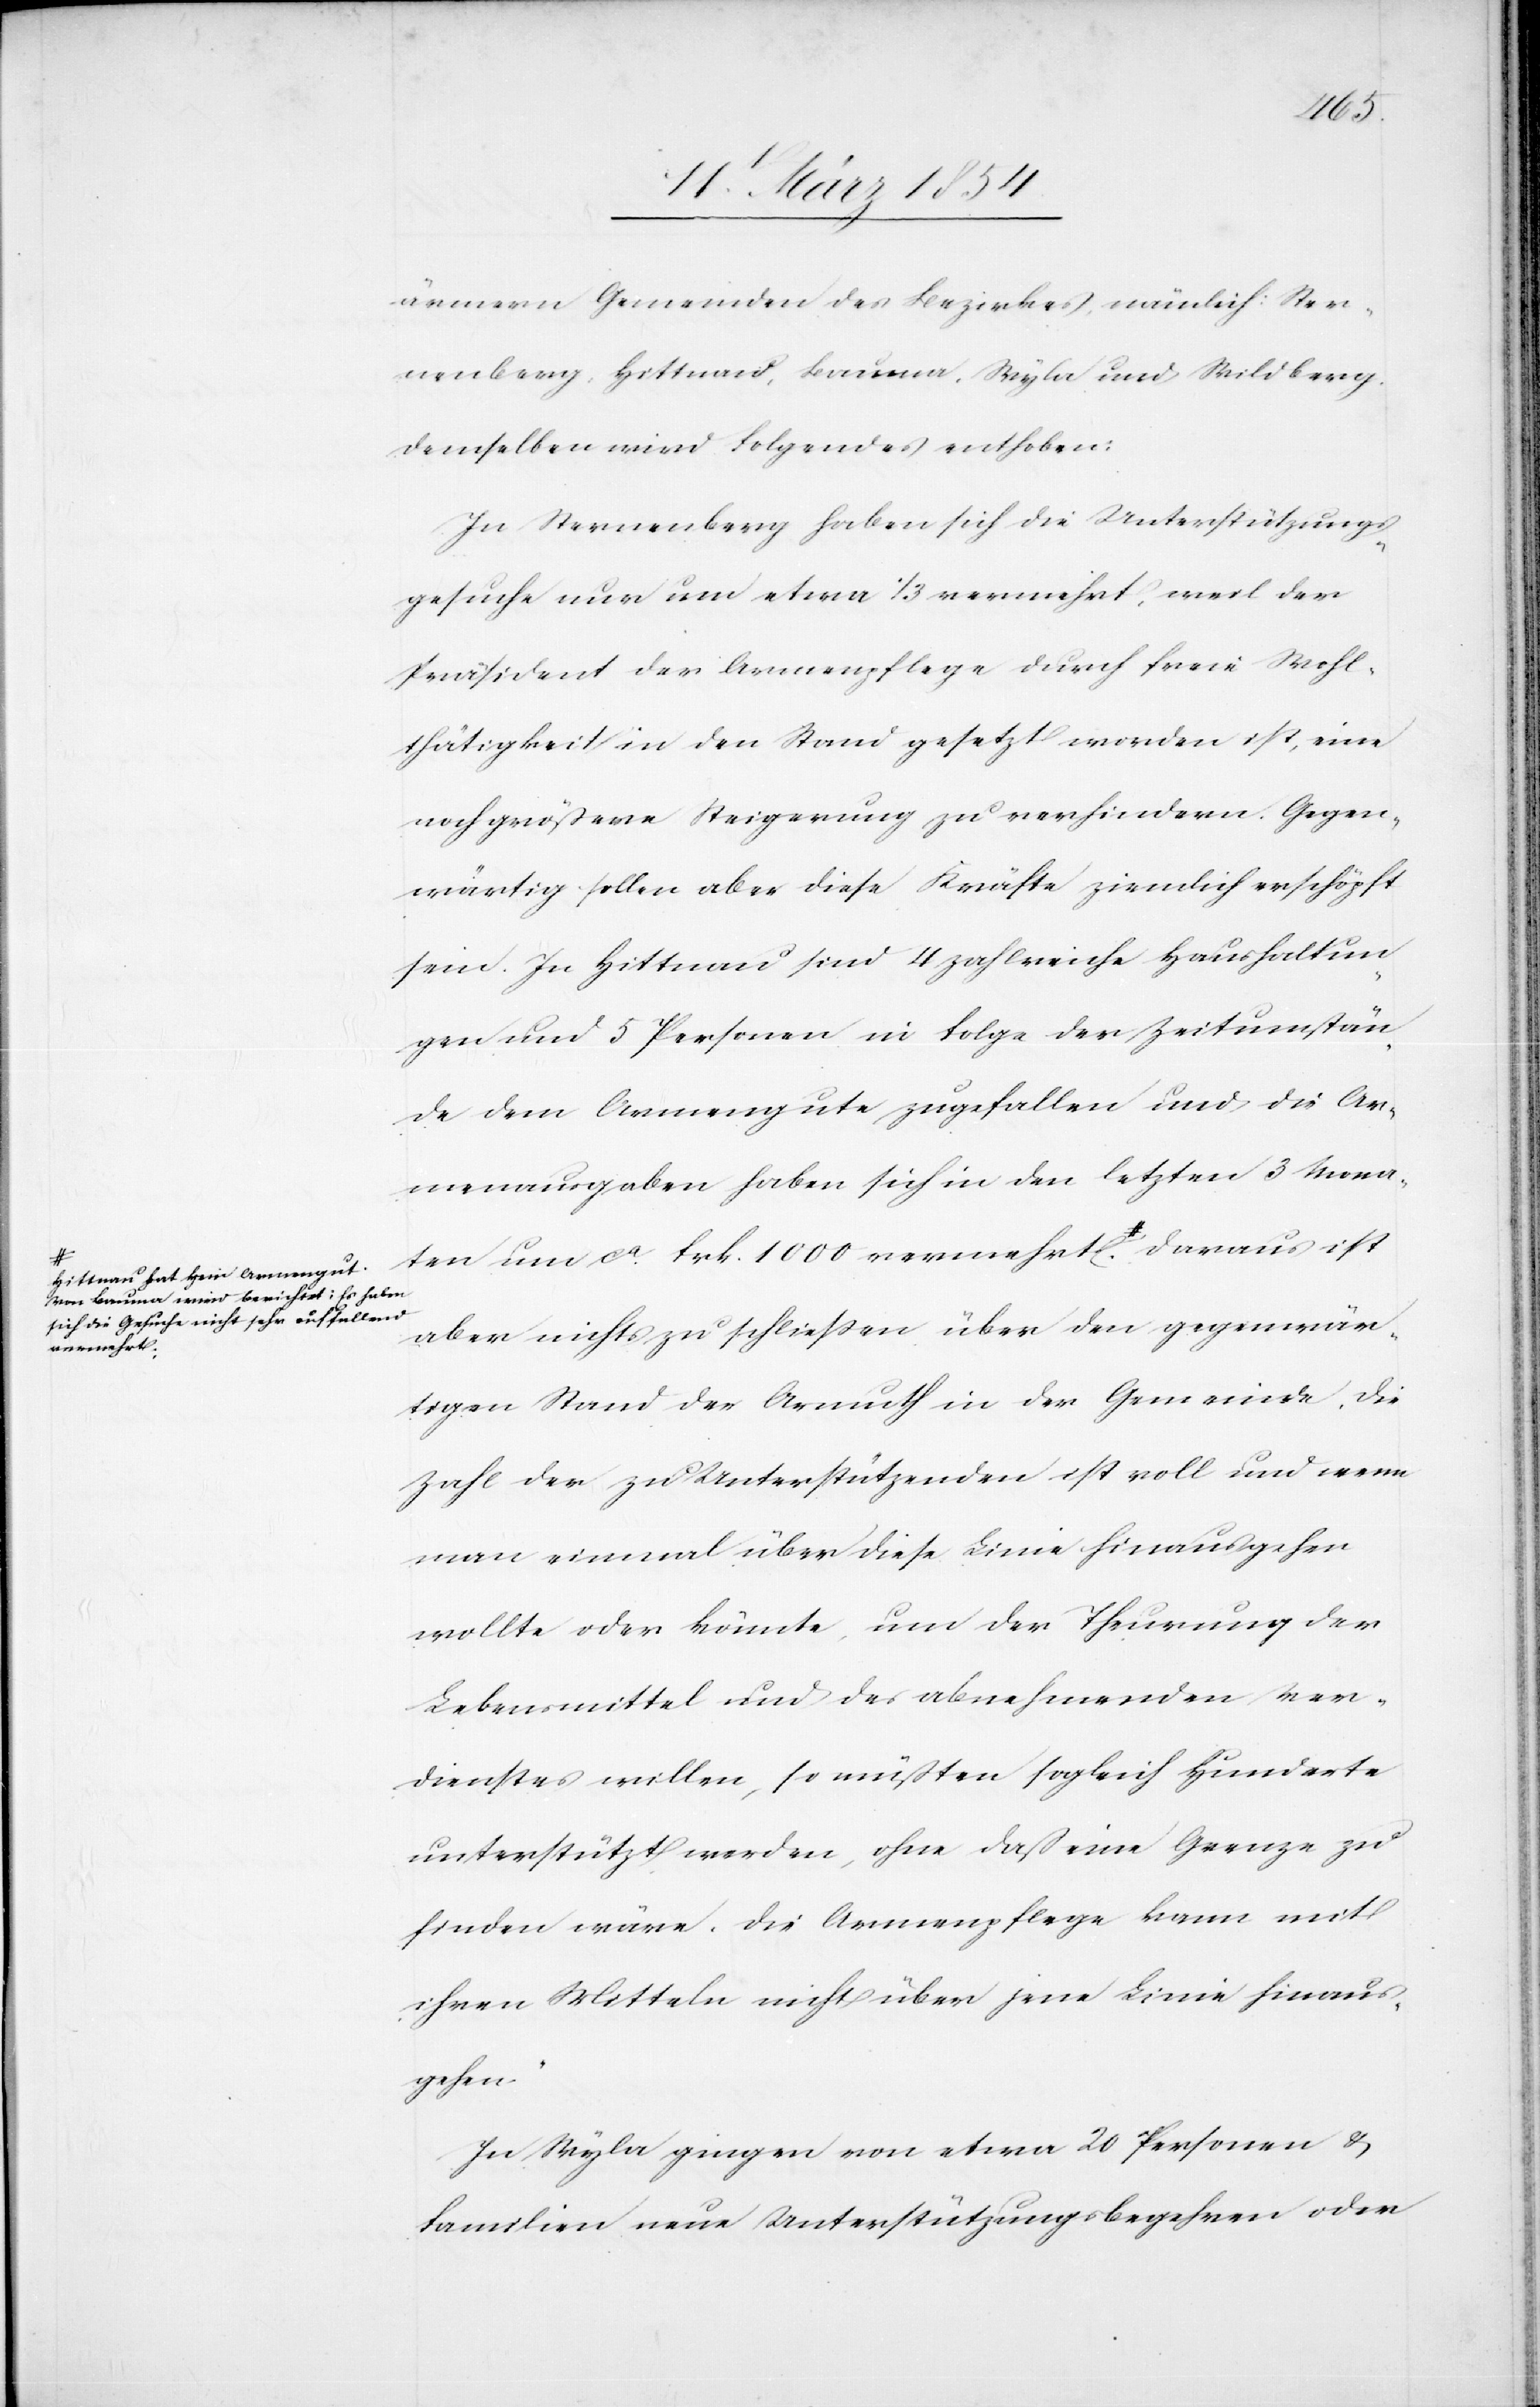
tnau hat kein Armengut.
Von Bauma wird berichtet: Es haben
sich die Gesuche nicht sehr auffallend
vermehrt;-a

ärmern Gemeinden des Bezirkes, nämlich: Ster¬
nenberg, Hittnau, Bauma, Wyla und Wildberg.
Demselben wird Folgendes enthoben:
In Sternenberg haben sich die Unterstützungs¬
gesuche nur um etwa 1/3 vermehrt, weil der
Präsident der Armenpflege durch freie Wohl¬
thätigkeit in den Stand gesetzt worden ist, eine
noch größere Steigerung zu verhindern. Gegen¬
wärtig sollen aber diese Kräfte ziemlich erschöpft
sein. In Hittnau sind 4 zahlreiche Haushaltun¬
gen und 5 Personen in Folge der Zeitumstän¬
de dem Armengute zugefallen und die Ar¬
menausgaben haben sich in den letzten 3 Mona¬
ten um ca Frk. 1000 vermehrt. a-Hit¬
aber nichts zu schließen über den gegenwär¬
tigen Stand der Armuth in der Gemeinde. Die
Zahl der zu Unterstützenden ist voll und wenn
man einmal über diese Linie hinausgehen
wollte oder könnte, um der Theurung der
Lebensmittel und des abnehmenden Ver¬
dienstes willen, so müßten sogleich Hunderte
unterstützt werden, ohne daß eine Grenze zu
finden wäre. Die Armenpflege kann mit
ihren Mitteln nicht über jene Linie hinaus¬
gehen.“
In Wyla gingen von etwa 20 Personen &
Familien neue Unterstützungsbegehren oder